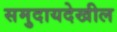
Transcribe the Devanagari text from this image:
समुदायदेखील